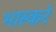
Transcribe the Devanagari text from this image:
भास्करे